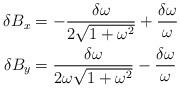
LaTeX: \begin{align*}\delta B_x &= -\frac{\delta \omega}{2 \sqrt{ 1+ \omega^2}} + \frac{\delta \omega}{\omega} \\\delta B_y &= \frac{\delta \omega}{2 \omega \sqrt{ 1+ \omega^2}} -\frac{\delta \omega}{\omega}\end{align*}